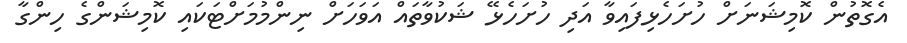
އެގޮތުން ކޮމިޝަނަށް ހުށަހެޅިފައިވާ އަދި ހުށަހެޅޭ ޝަކުވާތައް އަވަހަށް ނިންމުމަށްޓަކައި ކޮމިޝަންގެ ހިންގާ